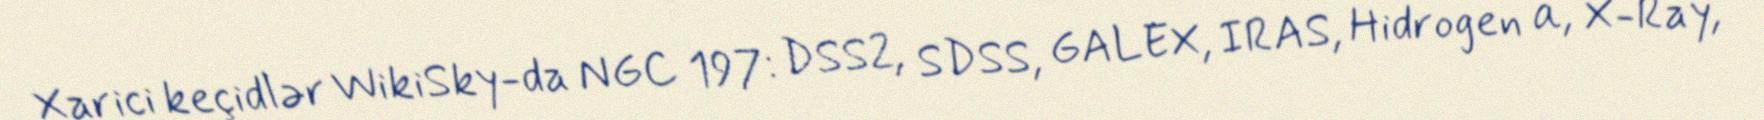
Xarici keçidlər WikiSky-da NGC 197: DSS2, SDSS, GALEX, IRAS, Hidrogen α, X-Ray,